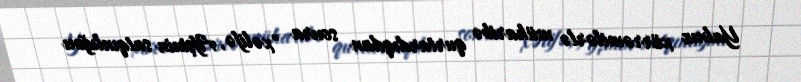
Yalnız xürrəmilərlə müharibə qurtardıqdan sonra "xəlifə, Afşinin satqınlığını